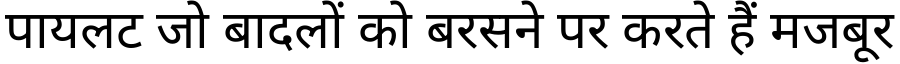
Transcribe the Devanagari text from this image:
पायलट जो बादलों को बरसने पर करते हैं मजबूर